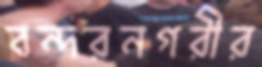
বন্দরনগরীর